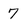
Character: 7